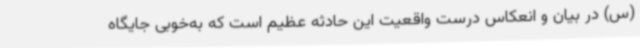
(س) در بیان و انعکاس درست واقعیت این حادثه عظیم است که به‌خوبی جایگاه